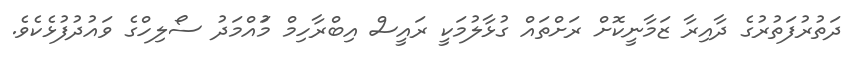
ދަތުރުފަތުރުގެ ދާއިރާ ޒަމާނީކޮށް ރަށްތައް ގުޅާލުމަކީ ރައީސް އިބްރާހިމް މުައްމަދު ސޯލިހްގެ ވައުދުފުޅެކެވެ.